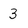
Character: 3